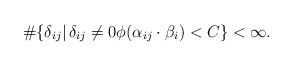
\begin{align*}\#\{ \delta_{ij}|\, \delta_{ij} \not = 0 \phi (\alpha_{ij} \cdot \beta_i) < C\} < \infty. \end{align*}